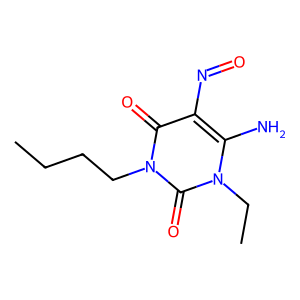
SMILES: CCCCn1c(=O)c(N=O)c(N)n(CC)c1=O
Inhibits HIV replication: No